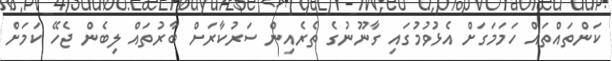
ކަންތައްތައް ހަމަމަގަށް އެޅުވުމުގައި ގާނޫނުގެ ތެރެއިން ސަރުކާރަށް ބާރުތައް ލިބެން ޖެހޭ ކަމަށް